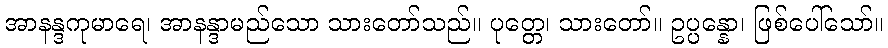
အာနန္ဒကုမာရေ၊ အာနန္ဒာမည်သော သားတော်သည်။ ပုတ္တေ၊ သားတော်။ ဥပ္ပန္နော၊ ဖြစ်ပေါ်သော်။